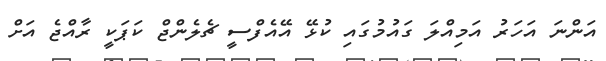
އަންނަ އަހަރު އަމިއްލަ ގައުމުގައި ކުޅޭ އޭއެފްސީ ޗެލެންޖް ކަޕަކީ ރާއްޖެ އަށް